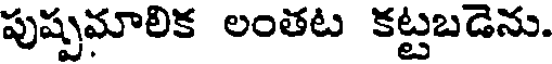
పుష్పమాలిక లంతట కట్టబడెను.